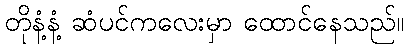
တိုနံ့နံ့ ဆံပင်ကလေးမှာ ထောင်နေသည်။